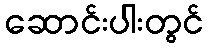
ဆောင်းပါးတွင်